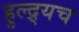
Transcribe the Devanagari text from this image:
हुल्द्र्यच